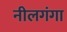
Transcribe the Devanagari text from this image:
नीलगंगा